Source: Handwritten
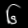
Digit: ၆ (6)